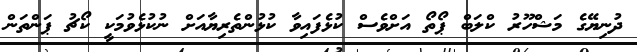
ދުނިޔޭގެ މަޝްހޫރު ކްލަބް ޕޯތޯ އަށްވެސް ކުޅެފައިވާ ކުޅުންތެރިޔާއަށް ނުކުޅެވުމަކީ ކޯޗު ޕަންތަން